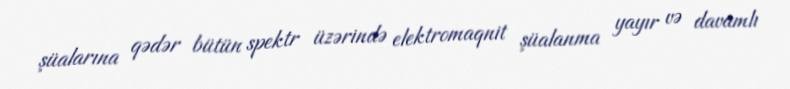
şüalarına qədər bütün spektr üzərində elektromaqnit şüalanma yayır və davamlı